Vital statistics of India. Vol. VI, European troops 1870-79
Year: 1870
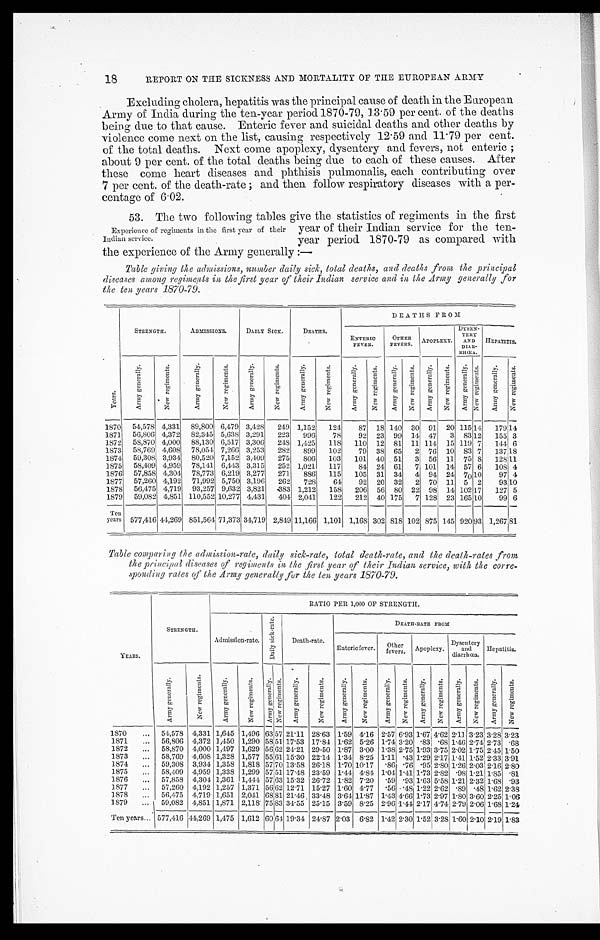
1 8
REPORT ON THE SICKNESS AND MORTALITY OF THE EUROPEAN ARMY
Excluding cholera, hepatitis was the principal cause of death in the European
Army of India during the ten-year period 1870-79,13 . 59 per cent. of the deaths
being due to that cause. Enteric fever and suicidal deaths and other deaths by
violence come next on the list, causing respectively 12 . 59 and 11 . 79 per cent.
of the total deaths. Next come apoplexy, dysentery and fevers, not enteric ;
about 9 per cent. of the total deaths being due to each of these causes. After
these come heart diseases and phthisis pulmonalis, each contributing over
7 per cent. of the death-rate ; and then follow respiratory diseases with a per--
centage of 6.02.
53. The two following tables give the statistics of regiments in the first
Experience of regiments in the first year of their year of their Indian service for the ten-
Indian service.
year period 1870-79 as compared with
the experience of the Army generally : —
Table giving the admissions, number daily sick, total deaths, and deaths front the principal
diseases among regiments sit the first year of their Indian service and in the Army generally for
the ten years 1870-79.
Y e a r s .
STRENGTH.
ADMISSIONS.
DAILY SICK.
DEATHS.
DEATHS PROM
E N T E R I C F E V E R
OTHER
FEVERS.
APOPLEXY.
DYSEN-
T E R Y
AND
DIAR-
RHCEA.
HEPATITIS.
A r m y g e n e r a l l y .
N e w r e g i m e n t s .
A r m y g e n e r a l l y .
N e w r e g i m e n t s .
A r m y g e n e r a l l y .
N e w r e g i m e n t s .
A r m y g e n e r a l l y .
N e w r e g i m e n t s .
A r m y g e n e r a l l y .
N e w r e g i m e n t s .
A r m y g e n e r a l l y .
N e w r e g i m e n t s .
A r m y g e n e r a l l y .
N e w r e g i m e n t s .
A r m y g e n e r a l l y .
N e w r e g i m e n t s .
A r m y g e n e r a l l y .
N e w r e g i m e n t s .
1870 54,578 4,331 89,800 6,479 3,428
249 1,152
124
87 18 140 30 91 20 115 14
179 14
1871 56,806 4,372 82,345 5,638 3,291
223
996
78
92 23 99 14 47
3 83 12
155 3
1872 58,870 4,000 88,130 6,517 3,306
24S 1,425
118
110 12 81 11 114 15 119 7
144 6
1873 58,,769 4,608 78,054 7,266 3,253
282
899
102
79 38 65
2 76 10 83 7
137 1 8
1874 59,308 3,934 80,520 7,152 3,409
275
806
103
101 40 51
3 56 11 75 8
128 11
1875 58,409 4,959 78,141. 6,443 3,315
252 1,021
117
84 24 61
7 101 14 57 6
108 4
1876 57,858 4,304 78,773 6,219 3,277
271
886
115
105 31 34
4 94 24 70 10
97 4
1877 57,260 4,192 71,992 5,750 3,196
262
728
64
92 20 32
2 70 11 5 2
93 10
1878 56,475 4,719 93,257 9,632 3,821
. 3 8 3 1,212
158
206 56 80 22 98 14 102 17
127 5
1879 59,082 4,851 110,552 10,277 4,431
404 2,041
122
212 40 175
7 128 23 165 1 0 .99 6
Ten
years 577,416 44,269 851,564 71,373
1
34,719 2,849 11,166 1,101 1,168 302 818 102 875 145 920 93 1,267
8 1
Table comparing the admission-rale, daily sick-rate, total death-rate, and the death-rates front
the principal diseases of regiments in the first yearof their Indian service, with the corre-
.sponding rates of the Army generally for the ten years 1870-79.
YEARS.
STRENGTH.
RATIO PER 1,000 OP STRENGTH.
Admission-rate.
D a i l y s i c k - r a t e .
Death-rate.
DEATH-RATE FROM
Enteric fever.
Other
fevers.
Apoplexy.
Dysentery
and
diarrlicœa. .
Hepatitis.
A r m y g e n e r a l l y .
N e w r e g i m e n t s .
A r m y g e n e r a l l y .
N e w r e g i m e n t s .
A r m y g e n e r a l l y .
N e w r e g i m e n t s .
A r m y g e n e r a l l y .
N e w r e g i m e n t s .
A r m y g e n e r a l l y .
N e w r e g i m e n t s .
A r m y g e n e r a l l y . N e w r e g i m e n t s .
A r m y g e n e r a l l y .
N e w r e g i m e n t s .
A r m y g e n e r a l l y .
N e w r e g i m e n t s .
A r m y g e n e r a l l y .
N e w r e g i m e n t s .
1870
. . . 54,578 4,331 1,645 1,496 63 57 21 . 11 28. 63 1 . 59 4. 16 2.57 6.93 1.61.67
1 . 4 2 4 . 6 2 2.11 3.23 3.28 3.23
1871
. . . . . , 56,806 4,372 1,450 1,290 58 51 17 . 53 17'84 1 . 62 5-26 1'74 3'20 .83 .68 1 .46 2.74 1 2'73 '6S
1872
... 58,870 4,000 1,497 1,629 56 62 24. 21 29.-50 1'87 3'00 1.38 2 . 75 1.93 3'75 2. 02 1 . 75 2.45 1'50
1873
.., 58,769 4,608 1,328 1,577 55 61 15. 30 22. 11 1 . 34 8. 25 1 . 11 .43 1'29 2'17 141 1 . 52 2'33 3'91
1874
, „ 59,30S 3,934 1,358 1,818 57 70 13.58 26-18 110 10'17 '86 '76 .95 2-SO 1-26 2 . 03' 2.16 2'80
1875
... 58,409 4,959 1,338 1,299
5 7 51 17 .48 23 . 59 1 .44 4. 84 1..04 1 .41 1-73 2-82 .98 1 .21 1.85 .81
1876
.., 57,858 4,304 1,361 1,444
5 1 6 3 15 . 32 26 .72 1 . 82 7'20 '59 '93 1'63 5 . 58 1 . 21 2 . 32 1 . 68 '93
1877
...
57,260 4,192 1,257 1,371
5 6 6 2 12 . 71 15 .27 1.60 4.77 -56 '48 1'22 2. 62 '59 -48 1-62 2.3S
1878
- 56,475 4,719
1 6 5 1 2,011
6 8 8 1 21 .46 33'48 3'61 11'87 1'43 4. 66 1'73 2.97 1.80 3 . 60 2.25 1'06
1879
...
59,082 4,851 1,871 2,118 75 83 34. 55 25 . 15 3-59 8'25 2'96 •.44 2'17 4'74 2'79 2 . 06 1'68 1.24
Ten years.., 577,416 44,269 1,475 1,612 60 61 19 . 34 24'87 2.03 6'82 1.42 2'30 1'52 3'28 1-60 2 . 10 2'19 1.83